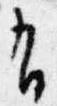
有